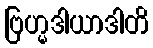
ဗြဟ္မဒါယာဒါတိ